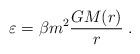
LaTeX: \begin{align*}\varepsilon= \beta m^2 \frac{GM(r)}{r}\;.\end{align*}